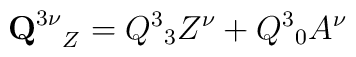
{{\bf Q}^{3\nu }}_{Z}=Q^{3}{}_{3}Z^{\nu }+ Q^{3}{}_{0}A^{\nu }